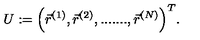
U : = \Big ( \vec { r } ^ { ( 1 ) } , \vec { r } ^ { ( 2 ) } , . . . . . . . , \vec { r } ^ { ( N ) } \Big ) ^ { T } .